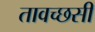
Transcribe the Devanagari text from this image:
तावच्छसी